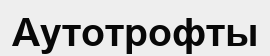
Аутотрофты